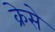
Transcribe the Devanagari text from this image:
क्रेसे